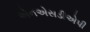
એનએસડીએપી